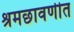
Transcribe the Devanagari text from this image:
श्रमछावणीत